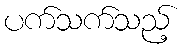
ပက်သက်သည့်